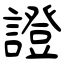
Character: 證